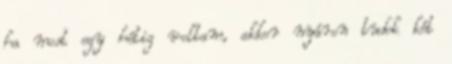
ha most egy hétig voltam, akkor nyáron tudok két